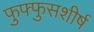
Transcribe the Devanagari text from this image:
फुफ्फुसशीर्ष